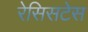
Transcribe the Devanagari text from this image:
रेसिसटेस